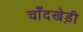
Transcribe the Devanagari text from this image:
चाँदखेड़ी